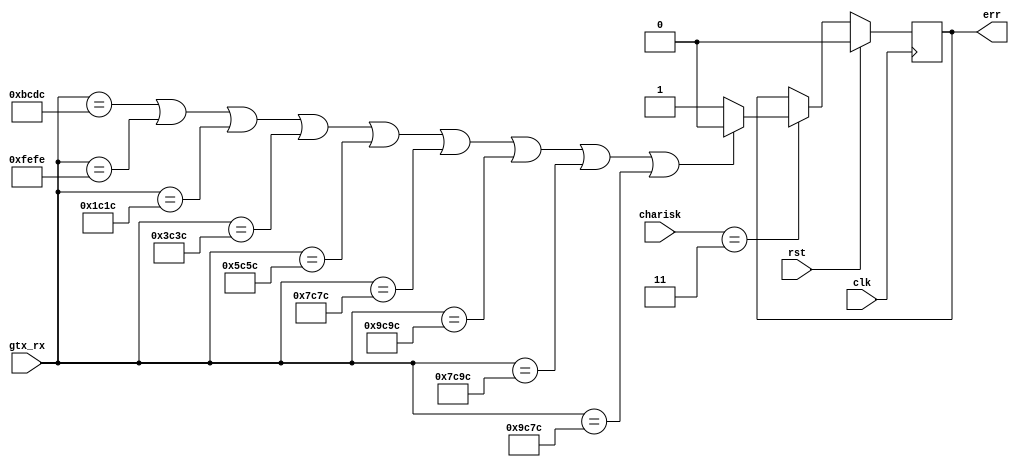
`timescale 1ns / 1ps
//////////////////////////////////////////////////////////////////////////////////
// Company: 
// Engineer: 
// 
// Design Name: 
// Module Name:    gtx_kcode_check 
// Project Name: 
// Target Devices: 
// Tool versions: 
// Description: 
//
// Dependencies: 
//
// Revision: 
// Revision 0.01 - File Created
// Additional Comments: 
//
//////////////////////////////////////////////////////////////////////////////////
module gtx_kcode_check
	(
		input						rst,
		input						clk,
		input		[1:0]			charisk,
		input		[15:0]		gtx_rx,
		output	reg			err
		
	 );
	 
	 always @(posedge clk)
	 begin
		if(rst) begin
			err	<=	1'b0;
		end
		else begin
			if(charisk == 2'b11) begin
				if((gtx_rx == 16'hBCDC) || (gtx_rx == 16'hFEFE) || (gtx_rx == 16'h1C1C) || (gtx_rx == 16'h3C3C) ||
					(gtx_rx == 16'h5C5C)	|| (gtx_rx == 16'h7C7C) || (gtx_rx == 16'h9C9C) || (gtx_rx == 16'h7C9C) ||
					(gtx_rx == 16'h9C7C)) begin
					err	<=	1'b0;
				end
				else begin
					err	<=	1'b1;
				end
			end
			else begin
				err	<=	err;
			end
		end
	 end
	 
	 
	 
	 


endmodule